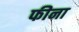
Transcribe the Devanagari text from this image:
फीना